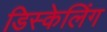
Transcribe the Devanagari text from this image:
डिस्केलिंग